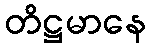
တိဋ္ဌမာနေ